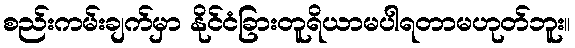
စည်းကမ်းချက်မှာ နိုင်ငံခြားတူရိယာမပါရတာမဟုတ်ဘူး။